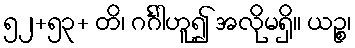
၅၂+၅၃+ တိ၊ ဂင်္ဂါဟူ၍ အလိုမရှိ။ ယဉ္စ၊